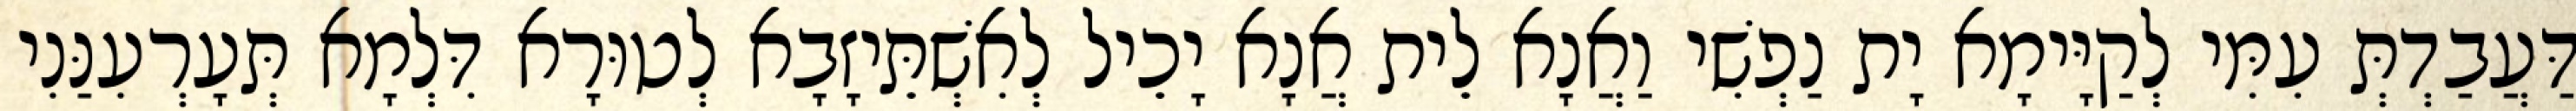
דַּעֲבַדְתְּ עִמִּי לְקַיָּימָא יָת נַפְשִׁי וַאֲנָא לֵית אֲנָא יָכֵיל לְאִשְׁתֵּיזָבָא לְטוּרָא דִּלְמָא תְּעָרְעִנַּנִי